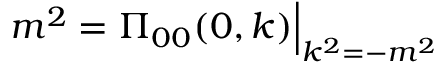
m ^ { 2 } = \Pi _ { 0 0 } ( 0 , k ) \Big | _ { k ^ { 2 } = - m ^ { 2 } }